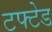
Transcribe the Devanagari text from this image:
टफ्टेड